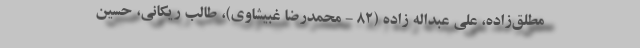
مطلق‌زاده، علی عبداله زاده (۸۲ - محمدرضا غبیشاوی)، طالب ریکانی، حسین